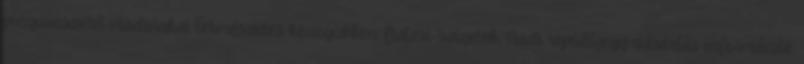
pingvinszerű madarakat természetes közegükben Fidzsi-szigetek, Nadi repülőjegy vásárlás információk